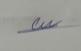
Signature authenticity: genuine